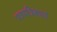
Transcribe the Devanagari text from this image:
पत्रपत्रिकाएं